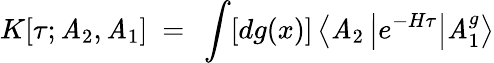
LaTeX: K[\tau;\mathit{A}_{2},\mathit{A}_{1}]~=~\int[dg(x)]\left<\mathit{A}_{2}\left|e^{-H\tau}\right|\mathit{A}_{1}^{g}\right>